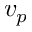
v _ { p }